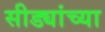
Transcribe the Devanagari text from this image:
सीड्यांच्या